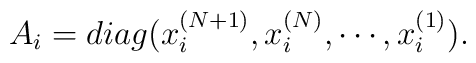
A_{i}= diag(x_{i}^{(N+1)},x_{i}^{(N)}, \cdots, x_{i}^{(1)}).